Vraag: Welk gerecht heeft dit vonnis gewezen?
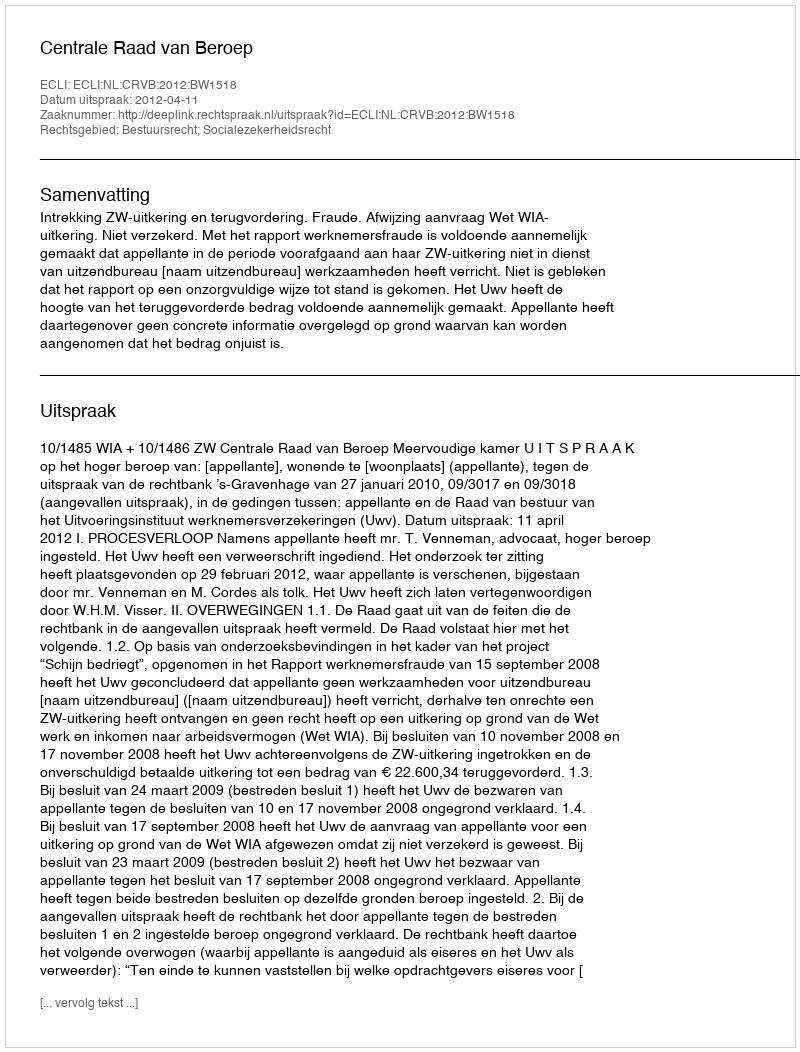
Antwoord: Centrale Raad van Beroep